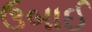
ઉબાઈ